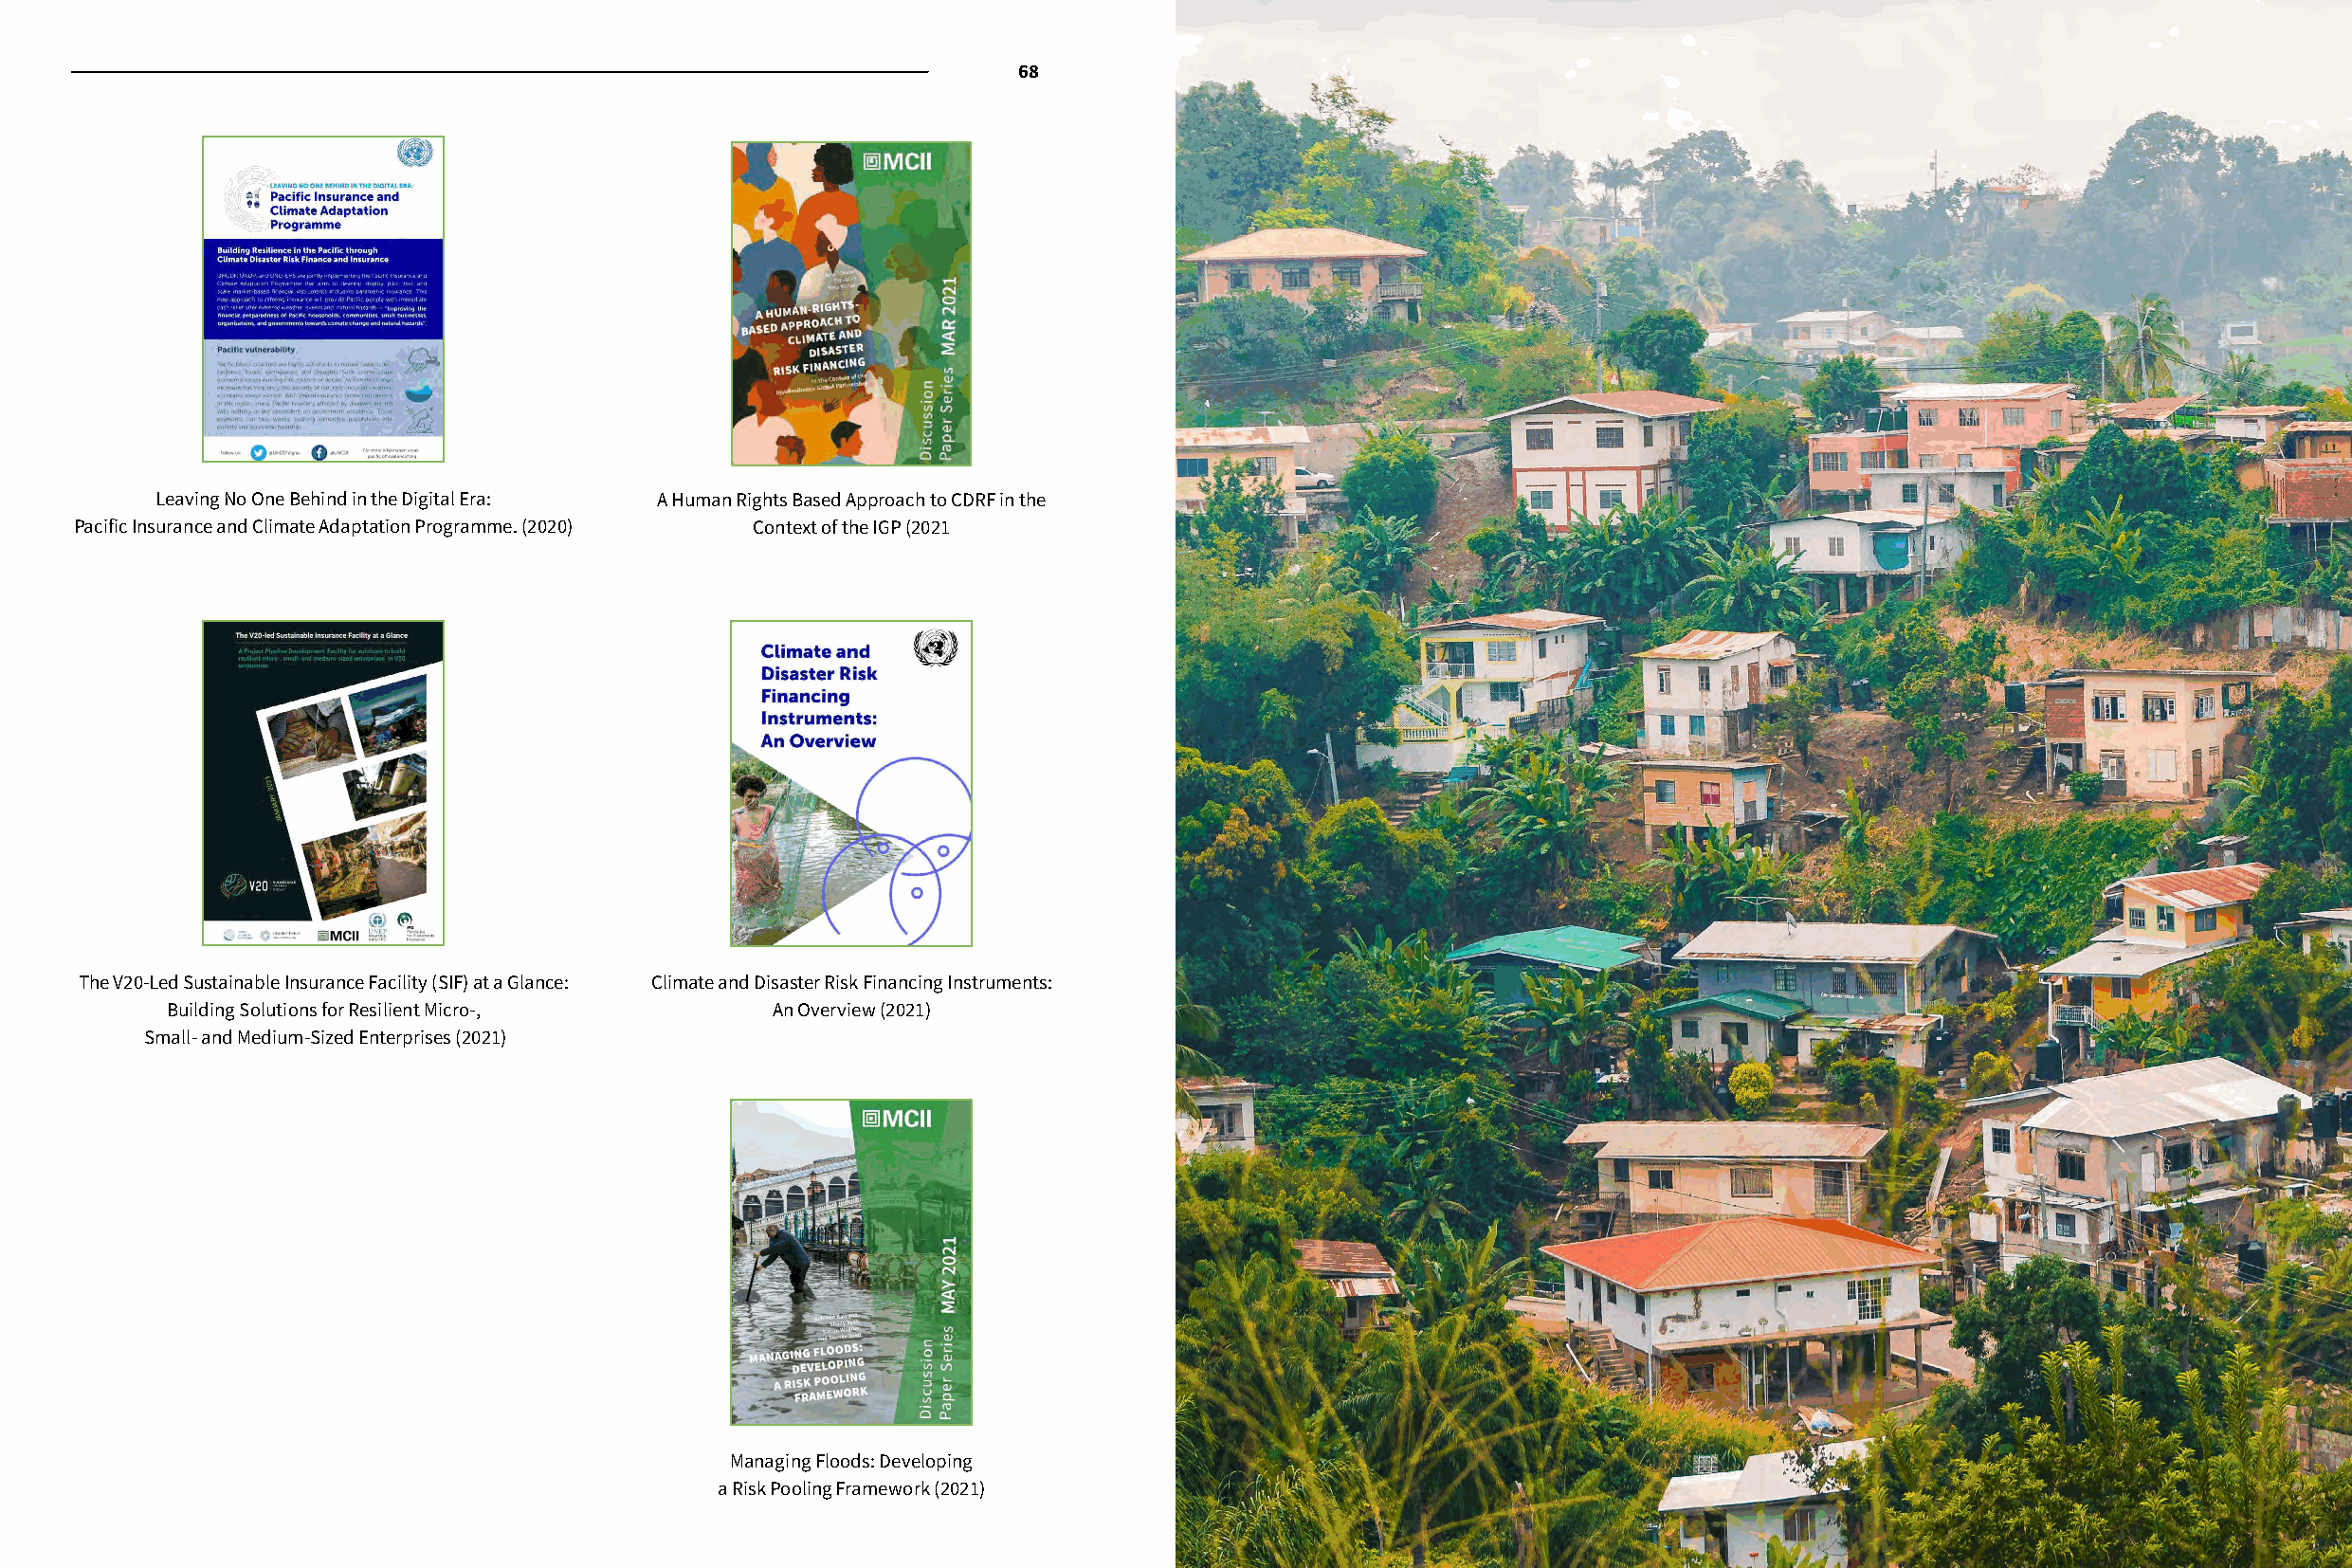
68                   69
 Leaving No One Behind in the Digital Era: A Human Rights Based Approach to CDRF in the
 Pacific Insurance and Climate Adaptation Programme. (2020) Context of the IGP (2021
 The V20-Led Sustainable Insurance Facility (SIF) at a Glance: Climate and Disaster Risk Financing Instruments:
 Building Solutions for Resilient Micro-,  An Overview (2021)
 Small- and Medium-Sized Enterprises (2021)
 Managing Floods: Developing
 a Risk Pooling Framework (2021)